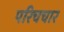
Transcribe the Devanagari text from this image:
परिचचार